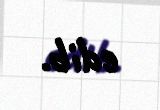
edib.